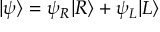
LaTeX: | \psi \rangle = \psi _ { R } | R \rangle + \psi _ { L } | L \rangle